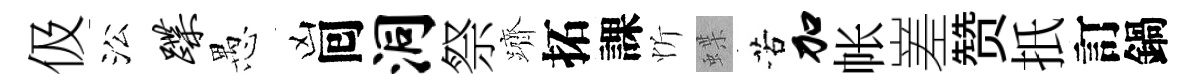
伋㳂蹀愚凶囘洞祭躋拓課忻蝶苦加帐嵳赞扺訂鍋